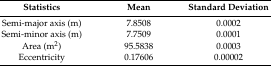
| Statistics | Mean | Standard Deviation |
 | --- | --- | --- |
 | Semi-major axis (m) | 7.8508 | 0.0002 |
 | Semi-minor axis (m) | 7.7509 | 0.0001 |
 | Area (m2) | 95.5838 | 0.0003 |
 | Eccentricity | 0.17606 | 0.00002 |